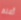
أعلم